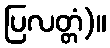
ပြလတ္တံ)။